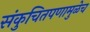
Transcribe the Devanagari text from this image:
संकुचितपणामुळेच